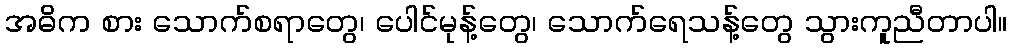
အဓိက စား သောက်စရာတွေ၊ ပေါင်မုန့်တွေ၊ သောက်ရေသန့်တွေ သွားကူညီတာပါ။